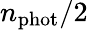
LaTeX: n_{\mathrm{phot}}/2